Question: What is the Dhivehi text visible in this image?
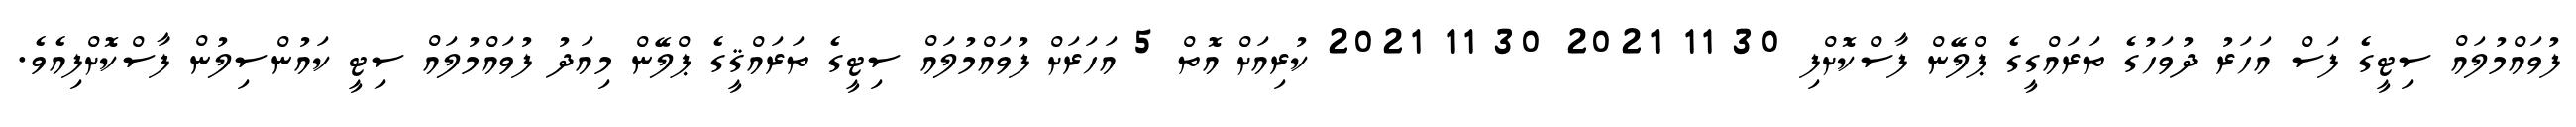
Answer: ފުވައްމުލައް ސިޓީގެ ފަސް އަހަރު ދުވަހުގެ ތަރައްގީގެ ޕްލޭން ފާސްކޮށްފި 30 11 2021 30 11 2021 ކުރިއަށް އޮތް 5 އަހަރަށް ފުވައްމުލައް ސިޓީގެ ތަރައްޤީގެ ޕްލޭން މިއަދު ފުވައްމުލައް ސިޓީ ކައުންސިލުން ފާސްކޮށްފިއެވެ.